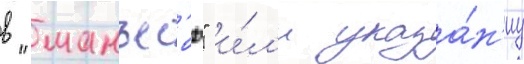
в "манъес'ю" и́л'и указа́н'иу